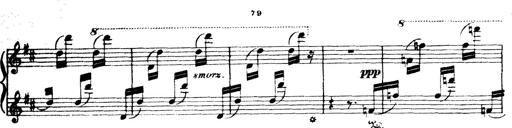
Title: Wagner-Liszt Album
Composer: Franz Liszt